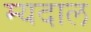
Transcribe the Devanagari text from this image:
म्यदाल